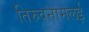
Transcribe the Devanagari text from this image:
तिरुवनामलई